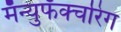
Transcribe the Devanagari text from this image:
मॅन्युफॅक्‍चरिंग